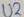
Text: U2